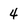
Character: 4